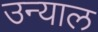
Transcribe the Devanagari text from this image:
उन्याल